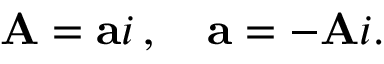
\mathbf { A } = \mathbf { a } i \, , \quad \mathbf { a } = - \mathbf { A } i .